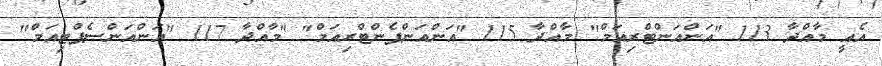
އެއީ މާއްދާ 113 "އަންއަންޓްރިއަމް" މާއްދާ 115 "އަންއަންޕެންޓްރިއަމް" "މާއްދާ 117 "އަންއަންސެޕްޓިއަމް"